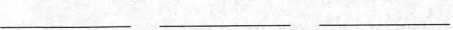
___ ___ ___